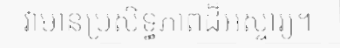
វាមានប្រសិទ្ធភាពដ៏អស្ចារ្យ។